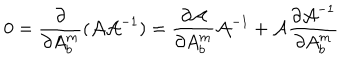
LaTeX: 0 = \frac { \partial } { \partial A _ { b } ^ { m } } ( { \cal A } { \cal A } ^ { - 1 } ) = \frac { \partial { \cal A } } { \partial A _ { b } ^ { m } } { \cal A } ^ { - 1 } + { \cal A } \frac { \partial { \cal A } ^ { - 1 } } { \partial A _ { b } ^ { m } }